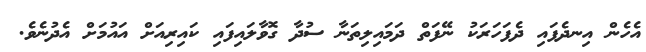
އެހެން އިނދެފައި ދެފަހަރަކު ނޭފަތް ދަމައިލިތަނާ ސުދާ ގޮވާލައިފައި ކައިރިއަށް އައުމަށް އެދުނެވެ.